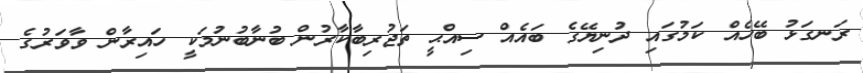
ރަނގަޅު ބޭހެއް ކަމުގައި ދުނިޔޭގެ ބައެއް ސިއްޙީ ތަޖުރިބާކާރުން ބުނާބުނުމަކީ ހައިރާން ވާވަރުގެ